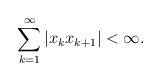
LaTeX: \begin{align*}\sum_{k=1}^{\infty}|x_{k}x_{k+1}|<\infty.\end{align*}